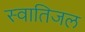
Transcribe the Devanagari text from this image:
स्वातिजल